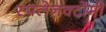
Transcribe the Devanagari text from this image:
स्पलेनक्टोमी